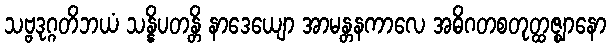
သဗ္ဗဒုဂ္ဂတိဘယံ သန္နိပတန္တိ နာဒေယျော အာမန္တနကာလေ အဓိဂတစတုတ္ထဇ္ဈာနော